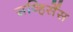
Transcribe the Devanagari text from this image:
सव्हिर्सेस